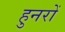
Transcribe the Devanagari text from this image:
हुनरों